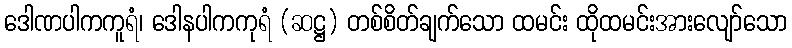
ဒေါဏပါကကူရံ၊ ဒေါနပါကကုရံ (ဆဋ္ဌ) တစ်စိတ်ချက်သော ထမင်း ထိုထမင်းအားလျော်သော